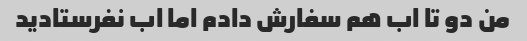
من دو تا اب هم سفارش دادم اما اب نفرستادید